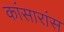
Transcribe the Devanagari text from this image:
कांसारांस